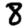
Digit: 8